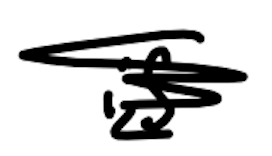
Text: is
Cross-out: scratch
Writing tool: digital_black